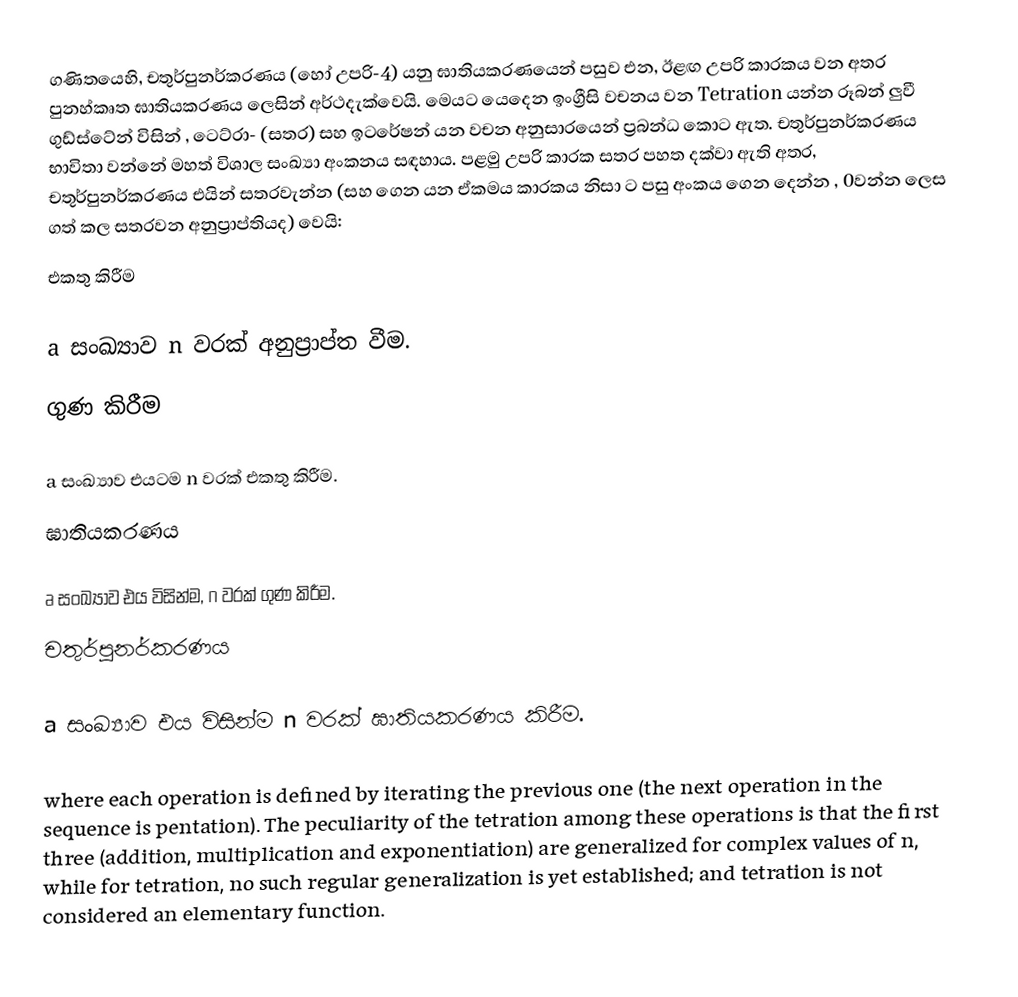
ගණිතයෙහි, චතුර්පුනර්කරණය  (හෝ උපරි-4) යනු ඝාතියකරණයෙන් පසුව එන, ඊළඟ උපරි කාරකය  වන අතර පුනහ්කෘත ඝාතියකරණය ලෙසින් අර්ථදැක්වෙයි. මෙයට යෙදෙන ඉංග්‍රීසි වචනය වන Tetration යන්න රූබන් ලුවී ගුඩ්ස්ටේන් විසින් , ටෙට්රා- (සතර) සහ ඉටරේෂන් යන වචන අනුසාරයෙන් ප්‍රබන්ධ කොට ඇත. චතුර්පුනර්කරණය භාවිතා වන්නේ මහත් විශාල සංඛ්‍යා අංකනය සඳහාය. පළමු උපරි කාරක සතර පහත දක්වා ඇති අතර, චතුර්පුනර්කරණය එයින් සතරවැන්න (සහ   ගෙන  යන ඒකමය කාරකය නිසා  ට පසු අංකය ගෙන දෙන්න , 0වන්න ලෙස ගත් කල සතරවන අනුප්‍රාප්තියද) වෙයි:
එකතු කිරීම

a සංඛ්‍යාව n වරක් අනුප්‍රාප්ත වීම.
ගුණ කිරීම

a සංඛ්‍යාව එයටම n වරක් එකතු කිරීම.
ඝාතියකරණය

a සංඛ්‍යාව එය විසින්ම, n වරක් ගුණ කිරීම.
චතුර්පුනර්කරණය

a සංඛ්‍යාව එය විසින්ම n වරක් ඝාතියකරණය කිරීම.

where each operation is defined by iterating the previous one (the next operation in the sequence is pentation). The peculiarity of the tetration among these operations is that the first three (addition, multiplication and exponentiation) are generalized for complex values of n, while for tetration, no such regular generalization is yet established; and tetration is not considered an elementary function.